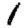
Digit: 1